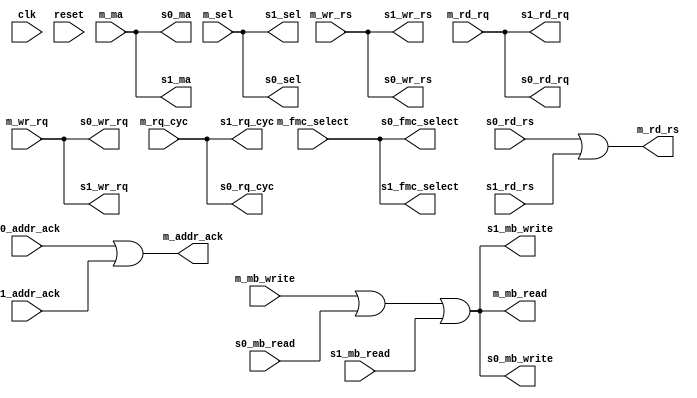
module membus_2_connect(
	// unused
	input wire clk,
	input wire reset,

	// Master
	input wire m_wr_rs,
	input wire m_rq_cyc,
	input wire m_rd_rq,
	input wire m_wr_rq,
	input wire [21:35] m_ma,
	input wire [18:21] m_sel,
	input wire m_fmc_select,
	input wire [0:35] m_mb_write,
	output wire m_addr_ack,
	output wire m_rd_rs,
	output wire [0:35] m_mb_read,

	// Slave 0
	output wire s0_wr_rs,
	output wire s0_rq_cyc,
	output wire s0_rd_rq,
	output wire s0_wr_rq,
	output wire [21:35] s0_ma,
	output wire [18:21] s0_sel,
	output wire s0_fmc_select,
	output wire [0:35] s0_mb_write,
	input wire s0_addr_ack,
	input wire s0_rd_rs,
	input wire [0:35] s0_mb_read,

	// Slave 1
	output wire s1_wr_rs,
	output wire s1_rq_cyc,
	output wire s1_rd_rq,
	output wire s1_wr_rq,
	output wire [21:35] s1_ma,
	output wire [18:21] s1_sel,
	output wire s1_fmc_select,
	output wire [0:35] s1_mb_write,
	input wire s1_addr_ack,
	input wire s1_rd_rs,
	input wire [0:35] s1_mb_read
);
	wire [0:35] mb_out = m_mb_write | s0_mb_read | s1_mb_read;

	assign m_addr_ack = s0_addr_ack | s1_addr_ack;
	assign m_rd_rs = s0_rd_rs | s1_rd_rs;
	assign m_mb_read = mb_out;

	assign s0_wr_rs = m_wr_rs;
	assign s0_rq_cyc = m_rq_cyc;
	assign s0_rd_rq = m_rd_rq;
	assign s0_wr_rq = m_wr_rq;
	assign s0_ma = m_ma;
	assign s0_sel = m_sel;
	assign s0_fmc_select = m_fmc_select;
	assign s0_mb_write = mb_out;

	assign s1_wr_rs = m_wr_rs;
	assign s1_rq_cyc = m_rq_cyc;
	assign s1_rd_rq = m_rd_rq;
	assign s1_wr_rq = m_wr_rq;
	assign s1_ma = m_ma;
	assign s1_sel = m_sel;
	assign s1_fmc_select = m_fmc_select;
	assign s1_mb_write = mb_out;
endmodule